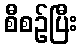
စီစဉ်ပြီး